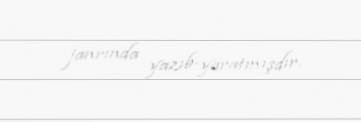
janrında yazıb-yaratmışdır.